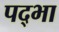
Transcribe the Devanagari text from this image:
पद्भा